Scottish Leaving Certificate Examination, 1952
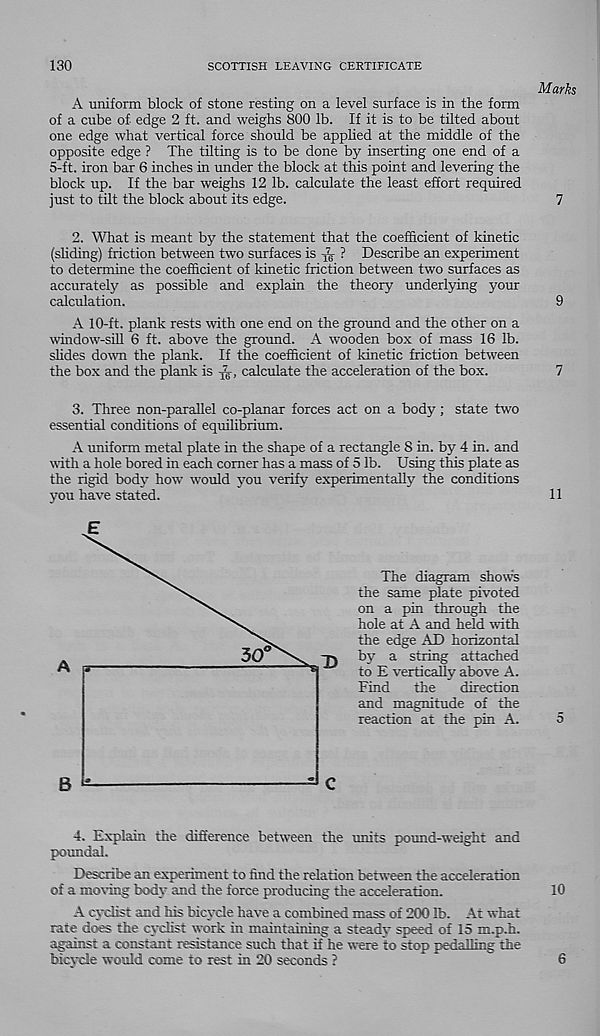
130
SCOTTISH LEAVING CERTIFICATE
A uniform block of stone resting on a level surface is in the form
of a cube of edge 2 ft. and weighs 800 lb. If it is to be tilted about
one edge what vertical force should be applied at the middle of the
opposite edge ? The tilting is to be done by inserting one end of a
5-ft. iron bar 6 inches in under the block at this point and levering the
block up. If the bar weighs 12 lb. calculate the least effort required
just to tilt the block about its edge.
2. What is meant by the statement that the coefficient of kinetic
(sliding) friction between two surfaces is ^ ? Describe an experiment
to determine the coefficient of kinetic friction between two surfaces as
accurately as possible and explain the theory underlying jmur
calculation.
A 10-ft. plank rests with one end on the ground and the other on a
window-sill 6 ft. above the ground. A wooden box of mass 16 lb.
slides down the plank. If the coefficient of kinetic friction between
the box and the plank is , calculate the acceleration of the box.
3. Three non-parallel co-planar forces act on a body; state two
essential conditions of equilibrium.
A uniform metal plate in the shape of a rectangle 8 in. by 4 in. and
with a hole bored in each comer has a mass of 5 lb. Using this plate as
the rigid body how would you verify experimentally the conditions
yon have stated.
The diagram show’s
the same plate pivoted
on a pin through the
hole at A and held with
the edge AD horizontal
by a string attached
to E vertically above A.
Find the direction
and magnitude of the
reaction at the pin A.
4, Explain the difference between the umts pound-weight and
paundal.
Describe an experiment to find the relation between the acceleration
of a moving body and the force producing the acceleration.
A cyclist and Ms bicycle have a combined mass of 200 lb. At what
rate does the cyclist work in maintaining a steady speed of 15 m.p.h.
against a constant resistance such that if he were to stop pedalling the
tricycle would come to rest in 20 seconds ?
Marks
7
9
7
11
5
10
6